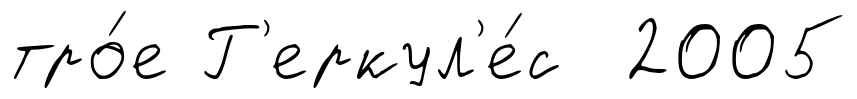
тро́е Г'еркул'е́с 2005